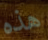
هذه